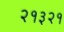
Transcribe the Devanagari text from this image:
२१३२१